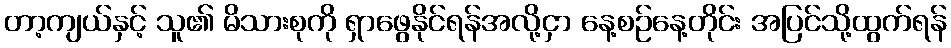
တာ့ကျယ်နှင့် သူ၏ မိသားစုကို ရှာဖွေနိုင်ရန်အလို့ငှာ နေ့စဉ်နေ့တိုင်း အပြင်သို့ထွက်ရန်